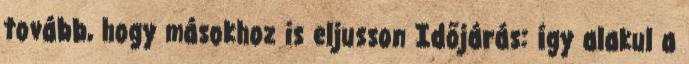
tovább, hogy másokhoz is eljusson Időjárás: így alakul a